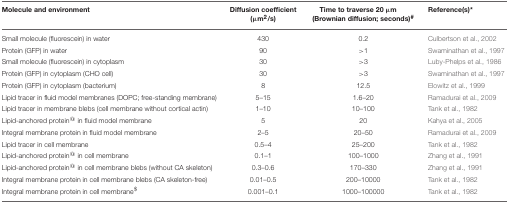
<table><thead><tr><td><b>Molecule and environment</b></td><td><b>Diffusion coefficient (μm<sup>2</sup>/s)</b></td><td><b>Time to traverse 20 μm (Brownian diffusion; seconds)<sup>#</sup></b></td><td><b>Reference(s)<sup>*</sup></b></td></tr></thead><tbody><tr><td>Small molecule (fluorescein) in water</td><td>430</td><td>0.2</td><td>Culbertson et al., 2002</td></tr><tr><td>Protein (GFP) in water</td><td>90</td><td>&gt;1</td><td>Swaminathan et al., 1997</td></tr><tr><td>Small molecule (fluorescein) in cytoplasm</td><td>30</td><td>&gt;3</td><td>Luby-Phelps et al., 1986</td></tr><tr><td>Protein (GFP) in cytoplasm (CHO cell)</td><td>30</td><td>&gt;3</td><td>Swaminathan et al., 1997</td></tr><tr><td>Protein (GFP) in cytoplasm (bacterium)</td><td>8</td><td>12.5</td><td>Elowitz et al., 1999</td></tr><tr><td>Lipid tracer in fluid model membranes (DOPC; free-standing membrane)</td><td>5–15</td><td>1.6–20</td><td>Ramadurai et al., 2009</td></tr><tr><td>Lipid tracer in membrane blebs (cell membrane without cortical actin)</td><td>1–10</td><td>10–100</td><td>Tank et al., 1982</td></tr><tr><td>Lipid-anchored protein<sup>@</sup> in fluid model membrane</td><td>5</td><td>20</td><td>Kahya et al., 2005</td></tr><tr><td>Integral membrane protein in fluid model membrane</td><td>2–5</td><td>20–50</td><td>Ramadurai et al., 2009</td></tr><tr><td>Lipid tracer in cell membrane</td><td>0.5–4</td><td>25–200</td><td>Tank et al., 1982</td></tr><tr><td>Lipid-anchored protein<sup>@</sup> in cell membrane</td><td>0.1–1</td><td>100–1000</td><td>Zhang et al., 1991</td></tr><tr><td>Lipid-anchored protein<sup>@</sup> in cell membrane blebs (without CA skeleton)</td><td>0.3–0.6</td><td>170–330</td><td>Zhang et al., 1991</td></tr><tr><td>Integral membrane protein in cell membrane blebs (CA skeleton-free)</td><td>0.01–0.5</td><td>200–10000</td><td>Tank et al., 1982</td></tr><tr><td>Integral membrane protein in cell membrane<sup>$</sup></td><td>0.001–0.1</td><td>1000–100000</td><td>Tank et al., 1982</td></tr></tbody></table>